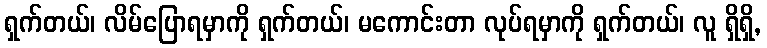
ရှက်တယ်၊ လိမ်ပြောရမှာကို ရှက်တယ်၊ မကောင်းတာ လုပ်ရမှာကို ရှက်တယ်၊ လူ ရှိရှိ,